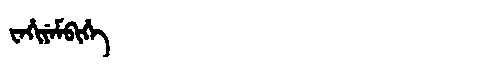
Manchu: ᠸᡝᡥᡳᠶᡝᠮᠪᡳᡥᡝ
Romanization: WEHIYEMBIHE